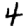
Digit: 4